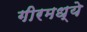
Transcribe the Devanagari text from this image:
गीरमध्ये